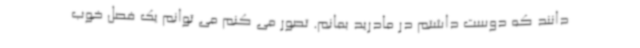
دانند که دوست داشتم در مادرید بمانم. تصور می کنم می توانم یک فصل خوب